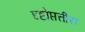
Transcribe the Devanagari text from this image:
दृष्टोप्तत्तीस